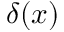
\delta ( x )